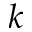
k